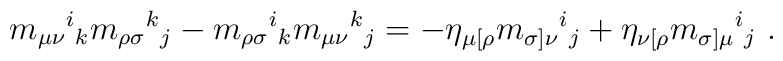
m_{\mu\nu}{}^i{}_k m_{\rho\sigma}{}^k{}_j  -m_{\rho\sigma}{}^i{}_k m_{\mu\nu}{}^k{}_j =-\eta_{\mu[\rho}m_{\sigma]\nu}{} ^i{}_j+\eta_{\nu[\rho}m_{\sigma]\mu} {}^i{}_j \ .